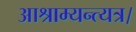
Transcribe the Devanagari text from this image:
आश्राम्यन्त्यत्र।